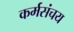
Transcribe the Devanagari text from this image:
कर्मसंचय